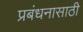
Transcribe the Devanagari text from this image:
प्रबंधनासाठी